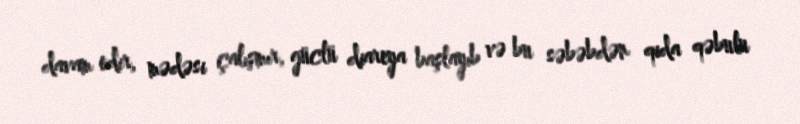
davam edir, mədəsi çalışmır, güclü diareya başlayıb və bu səbəbdən qida qəbulu